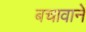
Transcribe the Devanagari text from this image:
बचावाने